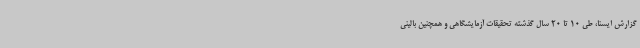
گزارش ایسنا، طی 10 تا 20 سال گذشته تحقیقات آزمایشگاهی و همچنین بالینی